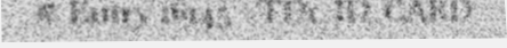
# Entry 16145 - TD1_ID_CARD